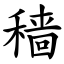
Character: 穑